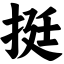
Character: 挺